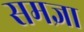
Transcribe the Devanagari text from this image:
समज्ञा